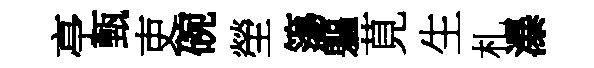
亭甄吏碗塋簜軀莧生札瀑